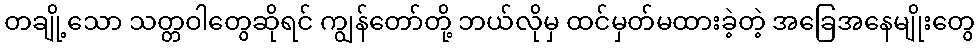
တချို့သော သတ္တဝါတွေဆိုရင် ကျွန်တော်တို့ ဘယ်လိုမှ ထင်မှတ်မထားခဲ့တဲ့ အခြေအနေမျိုးတွေ